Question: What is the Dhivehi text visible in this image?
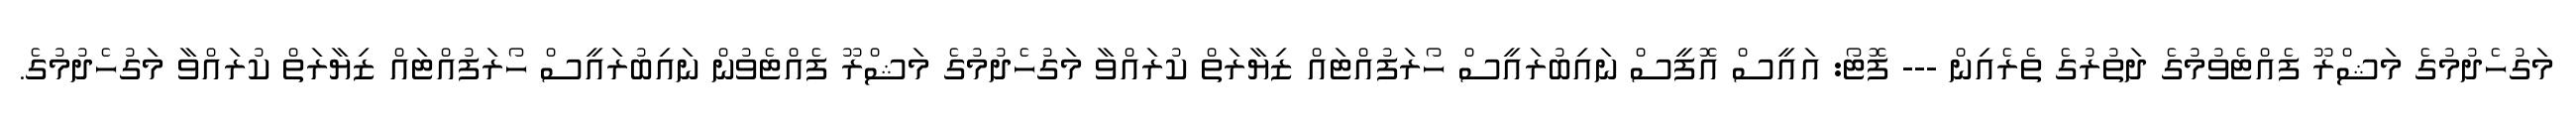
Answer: މަގުހެދުމުގެ މަޝްރޫ ފެއްޓެވުމުގެ ދަތުރުގެ ތެރެއިން --- ފޮޓޯ: އައީސް އޮފީސް ނައިބުރައީސް ހޯރަފުއްޓައް ޒިޔާރަތް ކުރައްވާ މަގުހެދުމުގެ މަޝްރޫ ފެއްޓެވުން ނައިބުރައީސް ހޯރަފުއްޓައް ޒިޔާރަތް ކުރައްވާ މަގުހެދުމުގެ.